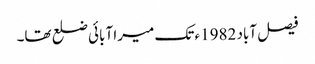
فیصل آباد 1982ء تک میرا آبائی ضلع تھا۔